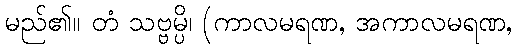
မည်၏။ တံ သဗ္ဗမ္ပိ၊ (ကာလမရဏ, အကာလမရဏ,